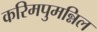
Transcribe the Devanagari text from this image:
करिमपुमन्निल